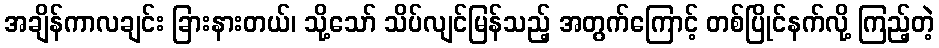
အချိန်ကာလချင်း ခြားနားတယ်၊ သို့သော် သိပ်လျင်မြန်သည့် အတွက်ကြောင့် တစ်ပြိုင်နက်လို့ ကြည့်တဲ့